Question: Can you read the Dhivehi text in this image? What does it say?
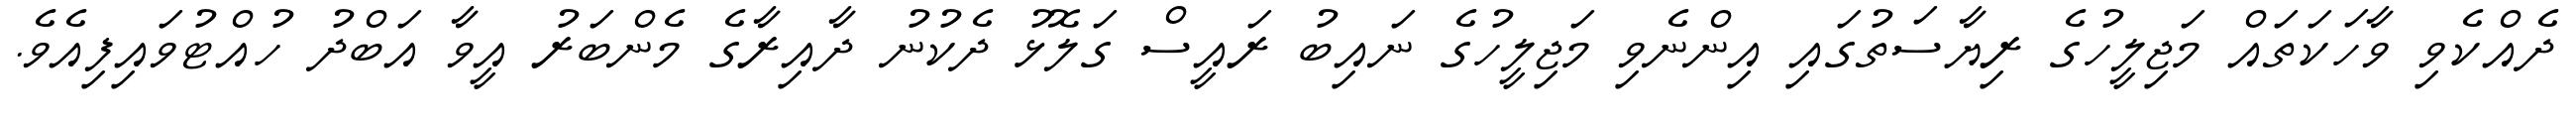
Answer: ދެއްކެވި ވާހަކަތައް މަޖިލީހުގެ ރިޔާސަތުގައި އިންނެވި މަޖިލީހުގެ ނައިބު ރައީސް ގަލޮޅު ދެކުނު ދާއިރާގެ މެންބަރު އީވާ އަބްދު ހުއްޓުވައިފިއެވެ.